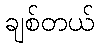
ချစ်တယ်